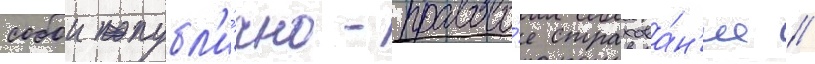
собои публ'и́чно-правово́е страхова́н'ие //